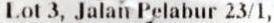
LOT 3, JALAN PELABUR 23/1,